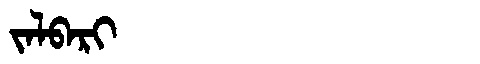
Manchu: ᠵᠠᠯᠪᠠᡵᡳ
Romanization: JALBARI